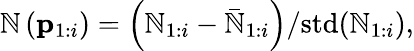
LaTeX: \mathbb{N}\left(\mathbf{{p}}_{1:i}\right)=\left(\mathbb{N}_{1:i}-\bar{{\mathbb{N}}}_{1:i}\right)/\mathrm{{std}}(\mathbb{N}_{1:i}),